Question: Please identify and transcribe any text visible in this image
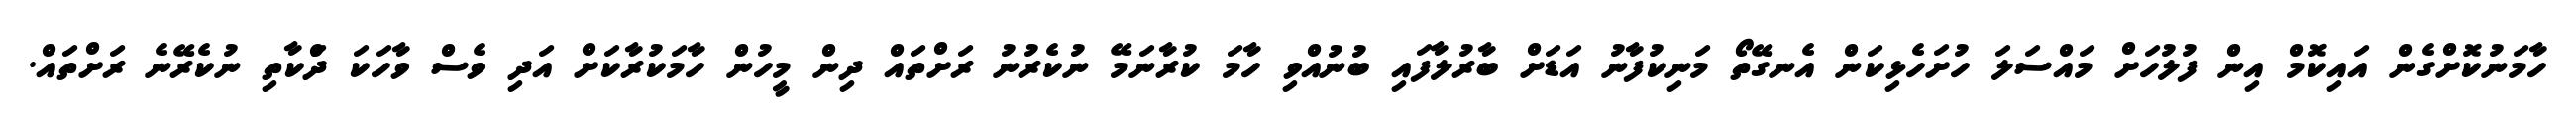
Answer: ހާމަނުކޮށްގެން އައިކޮމް އިން ފުލުހަށް މައްސަލަ ހުށަހެޅިކަން އެނގޭތޯ މަނިކުފާނު އަޑަށް ބާރުލާފައި ބުނުއްވި ހާމަ ކުރާނަމޭ ނުކެރުނު ރަށްތައް ދިން މީހުން ހާމަކުރާކަށް އަދި ވެސް ވާހަކަ ދަްކާތި ނުކެރޭނެ ރަށްތައް.